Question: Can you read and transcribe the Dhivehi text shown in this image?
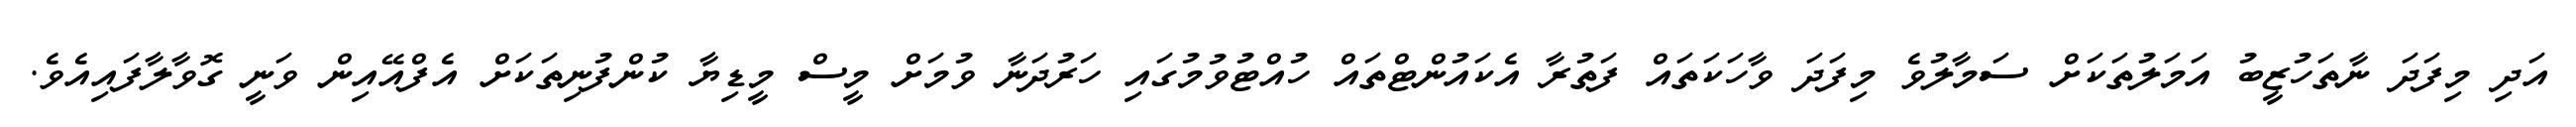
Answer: އަދި މިފަދަ ނާތަހުޒީބު އަމަލުތަކަށް ސަމާލުވެ މިފަދަ ވާހަކަތައް ފަތުރާ އެކައުންޓްތައް ހުއްޓުވުމުގައި ހަރުދަނާ ވުމަށް މީސް މީޑިޔާ ކުންފުނިތަކަށް އެފްއޭއިން ވަނީ ގޮވާލާފައިއެވެ.